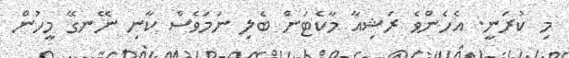
މި ކުރަނީ. އެހެންވެ ރަޝިއާ މާކެޓަށް ބެލި ނަމަވެސް ކާނި ނޭނގޭ މީހުން